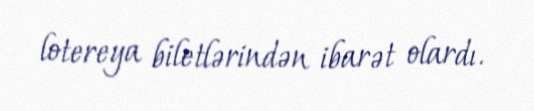
lotereya biletlərindən ibarət olardı.